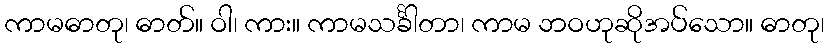
ကာမဓာတု၊ ဓာတ်။ ဝါ၊ ကား။ ကာမသင်္ခါတာ၊ ကာမ ဘဝဟုဆိုအပ်သော။ ဓာတု၊